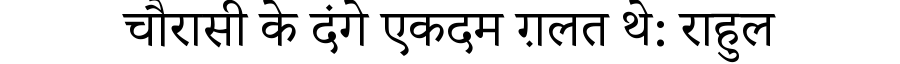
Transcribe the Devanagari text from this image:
चौरासी के दंगे एकदम ग़लत थे: राहुल